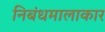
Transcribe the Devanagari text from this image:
निबंधमालाकार